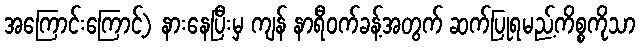
အကြောင်းကြောင့်) နားနေပြီးမှ ကျန် နာရီဝက်ခန့်အတွက် ဆက်ပြုရမည့်ကိစ္စကိုသာ